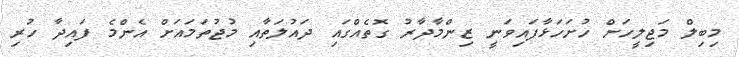
މިބިލް މަޖިލީހަށް ހުށަހަޅާފައިވަނީ ޒިންމާދާރު ގޮތެއްގައި ދައުލަތާއި މުޖުތަަމައަށް އެންމެ ފައިދާ ހުރި